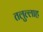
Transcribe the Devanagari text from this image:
तलुल्लाह